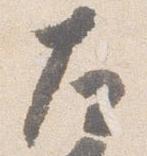
左